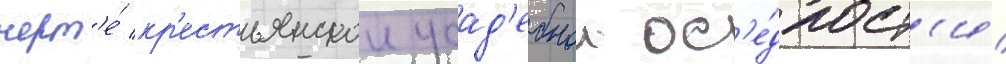
черт'е́ кр'естьянскои усад'ебнои ос'е́длост'и